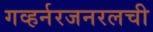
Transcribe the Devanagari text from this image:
गव्हर्नरजनरलची